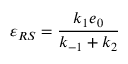
\varepsilon _ { R S } = \frac { k _ { 1 } e _ { 0 } } { k _ { - 1 } + k _ { 2 } }